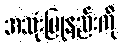
အသုံးပြုနည်းကို